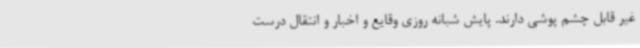
غیر قابل چشم پوشی دارند. پایش شبانه روزی وقایع و اخبار و انتقال درست